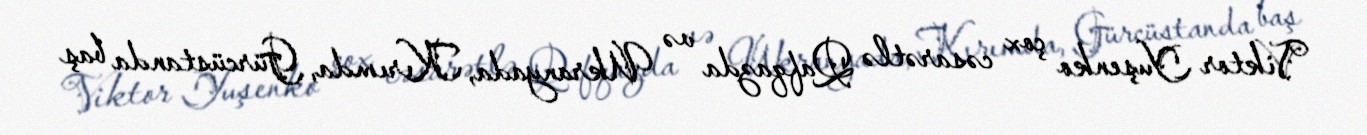
Viktor Yuşenko çox cəsarətlə Qafqazda və Ukranyada, Kırımda, Gürcüstanda baş